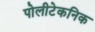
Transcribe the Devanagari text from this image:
पोलीटेकनिक